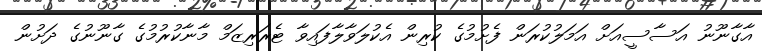
އާގާނޫނު އަސާސީއަށް އަމަލުކުރަން ފެށުމުގެ ކުރިން އެކުލަވާލާފައިވާ ޓެރަރިޒަމް މާނާކުރުމުގެ ގާނޫނުގެ ދަށުން